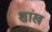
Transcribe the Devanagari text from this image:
शांख